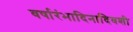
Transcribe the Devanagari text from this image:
वर्षारंभादिनादिवशी